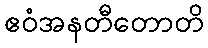
ဧဝံအနတီတောတိ